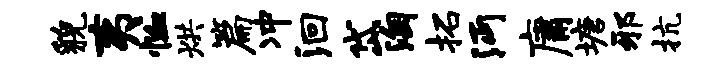
貌夷恤烘篇冲洄岱淘拓沔庸塘邪抗